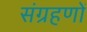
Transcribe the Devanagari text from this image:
संग्रहणों